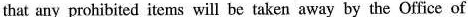
that any prohibited items will be taken away by the Office of